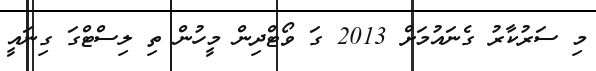
މި ސަރުކާރު ގެނައުމަށް 2013 ގަ ވޯޓްދިން މީހުން ތި ލިސްޓްގަ ގިނައީ